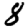
Digit: 8